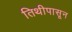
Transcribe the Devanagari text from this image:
तिथीपासून